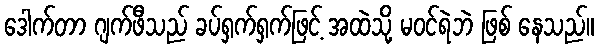
ဒေါက်တာ ဂျက်ဖီသည် ခပ်ရှက်ရှက်ဖြင့် အထဲသို့ မဝင်ရဲဘဲ ဖြစ် နေသည်။